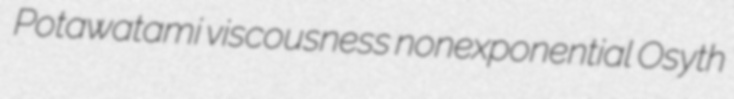
Potawatami viscousness nonexponential Osyth